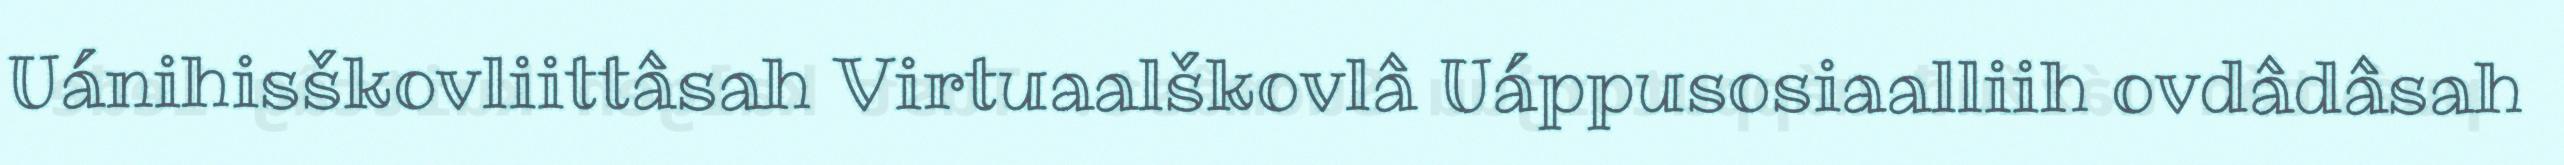
Uánihisškovliittâsah Virtuaalškovlâ Uáppusosiaalliih ovdâdâsah